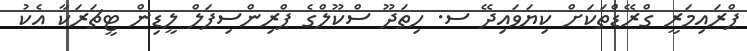
ޕްރައިމަރީ ގްރޭޑްތަކަށް ކިޔަވައިދޭ ސ. ހިތަދޫ ސްކޫލްގެ ޕްރިންސިޕަލް ލީޑިން ޓީޗަރަކާ އެކު